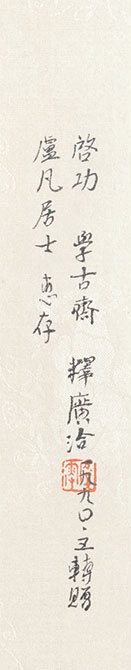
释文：学古斋一九九零年春，卢凡女士正腕。启功。